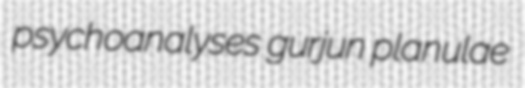
psychoanalyses gurjun planulae